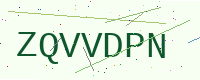
Text: ZQVVDPN